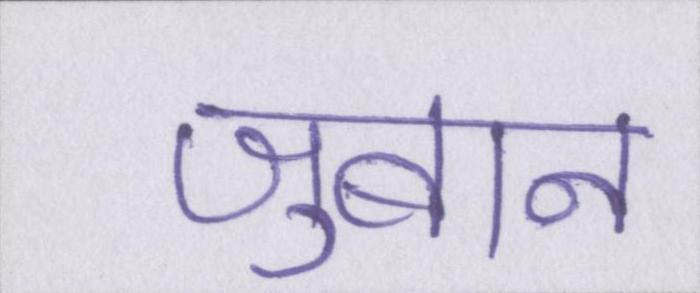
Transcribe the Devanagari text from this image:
जुबान